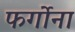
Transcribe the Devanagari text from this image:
फर्गोना